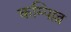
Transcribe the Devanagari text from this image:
कम्पिल्ल